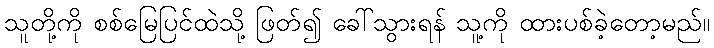
သူတို့ကို စစ်မြေပြင်ထဲသို့ ဖြတ်၍ ခေါ်သွားရန် သူ့ကို ထားပစ်ခဲ့တော့မည်။